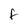
Character: f